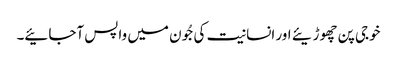
خوجی پن چھوڑیئے اور انسانیت کی جُون میں واپس آجائیے۔